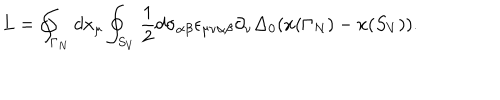
L = \oint _ { \Gamma _ { N } } d x _ { \mu } \oint _ { S _ { V } } \frac { 1 } { 2 } d \sigma _ { \alpha \beta } \epsilon _ { \mu \nu \alpha \beta } \partial _ { \nu } \Delta _ { 0 } ( x ( \Gamma _ { N } ) - x ( S _ { V } ) ) .